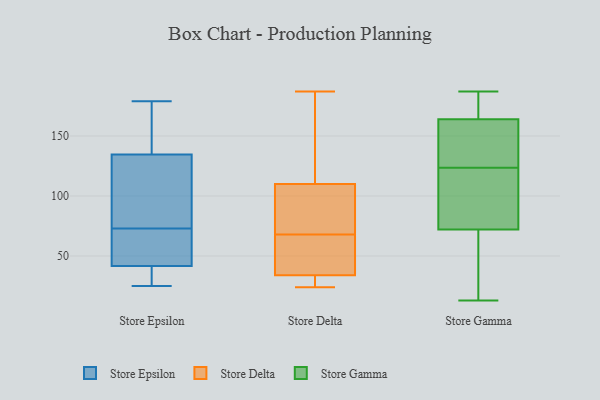
{"axis": {"x": "Population (Million)", "y": "Value"}, "legend": ["Store Delta", "Store Epsilon", "Store Gamma"], "data": [{"x": "", "y": 64, "type": "Store Epsilon"}, {"x": "", "y": 41, "type": "Store Epsilon"}, {"x": "", "y": 91, "type": "Store Epsilon"}, {"x": "", "y": 143, "type": "Store Epsilon"}, {"x": "", "y": 124, "type": "Store Epsilon"}, {"x": "", "y": 138, "type": "Store Epsilon"}, {"x": "", "y": 25, "type": "Store Epsilon"}, {"x": "", "y": 31, "type": "Store Epsilon"}, {"x": "", "y": 44, "type": "Store Epsilon"}, {"x": "", "y": 73, "type": "Store Epsilon"}, {"x": "", "y": 179, "type": "Store Epsilon"}, {"x": "", "y": 187, "type": "Store Delta"}, {"x": "", "y": 110, "type": "Store Delta"}, {"x": "", "y": 146, "type": "Store Delta"}, {"x": "", "y": 53, "type": "Store Delta"}, {"x": "", "y": 83, "type": "Store Delta"}, {"x": "", "y": 44, "type": "Store Delta"}, {"x": "", "y": 34, "type": "Store Delta"}, {"x": "", "y": 24, "type": "Store Delta"}, {"x": "", "y": 29, "type": "Store Delta"}, {"x": "", "y": 117, "type": "Store Delta"}, {"x": "", "y": 31, "type": "Store Delta"}, {"x": "", "y": 104, "type": "Store Delta"}, {"x": "", "y": 45, "type": "Store Delta"}, {"x": "", "y": 104, "type": "Store Delta"}, {"x": "", "y": 143, "type": "Store Gamma"}, {"x": "", "y": 150, "type": "Store Gamma"}, {"x": "", "y": 187, "type": "Store Gamma"}, {"x": "", "y": 167, "type": "Store Gamma"}, {"x": "", "y": 49, "type": "Store Gamma"}, {"x": "", "y": 80, "type": "Store Gamma"}, {"x": "", "y": 187, "type": "Store Gamma"}, {"x": "", "y": 72, "type": "Store Gamma"}, {"x": "", "y": 104, "type": "Store Gamma"}, {"x": "", "y": 13, "type": "Store Gamma"}, {"x": "", "y": 52, "type": "Store Gamma"}, {"x": "", "y": 91, "type": "Store Gamma"}, {"x": "", "y": 155, "type": "Store Gamma"}, {"x": "", "y": 164, "type": "Store Gamma"}]}